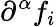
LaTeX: \partial^{\alpha}f_{i}